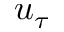
u _ { \tau }